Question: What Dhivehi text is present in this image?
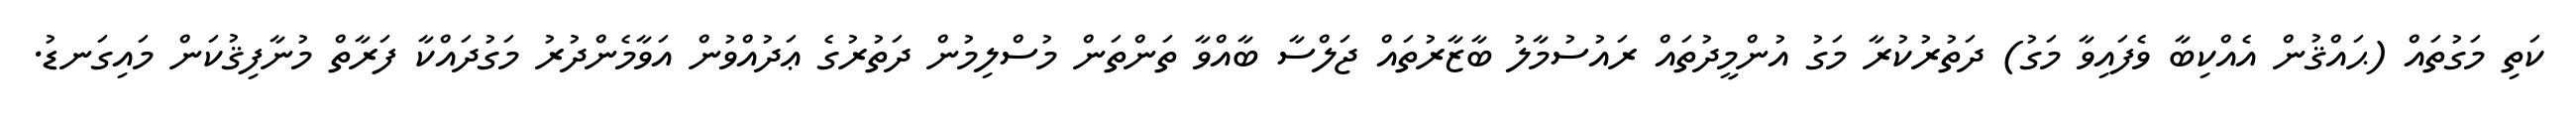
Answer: ކަތި މަގުތައް (ޙައްޤުން އެއްކިބާ ވެފައިވާ މަގު) ދަތުރުކުރާ މަގު އުންމީދުތައް ރައުސުމާލު ބާޒާރުތައް ޖަލްސާ ބާއްވާ ތަންތަން މުސްލިމުން ދަތުރުގެ ޢަދުއްވުން އަވާމެންދުރު މަގުދައްކާ ފަރާތް މުނާފިޤުކަން މައިގަނޑު.